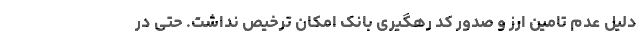
دلیل عدم تامین ارز و صدور کد رهگیری بانک امکان ترخیص نداشت. حتی در